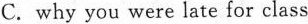
C. why you were late for class